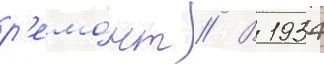
р'емо́нт // В 1934